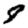
Digit: 8